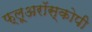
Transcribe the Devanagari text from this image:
फ्लूअरॉस्कोपी